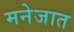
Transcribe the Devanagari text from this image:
मनेजात